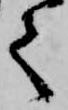
て